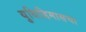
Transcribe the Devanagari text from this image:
युथिडिमासचा